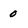
Character: 0